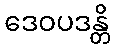
ဒေဝပဒန္တိ